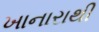
ખાનારાથી